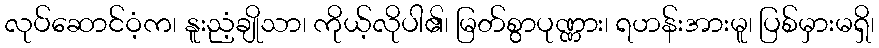
လုပ်ဆောင်ဝံ့က၊ နူးညံ့ချိုသာ၊ ကိုယ့်လိုပါ၏၊ မြတ်စွာပုဏ္ဏား၊ ရဟန်းအားမူ၊ ပြစ်မှားမရှိ၊